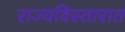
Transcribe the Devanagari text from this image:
राज्यविस्तारात